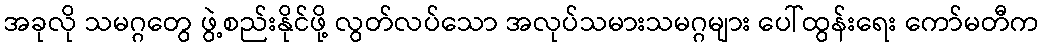
အခုလို သမဂ္ဂတွေ ဖွဲ့စည်းနိုင်ဖို့ လွတ်လပ်သော အလုပ်သမားသမဂ္ဂများ ပေါ်ထွန်းရေး ကော်မတီက